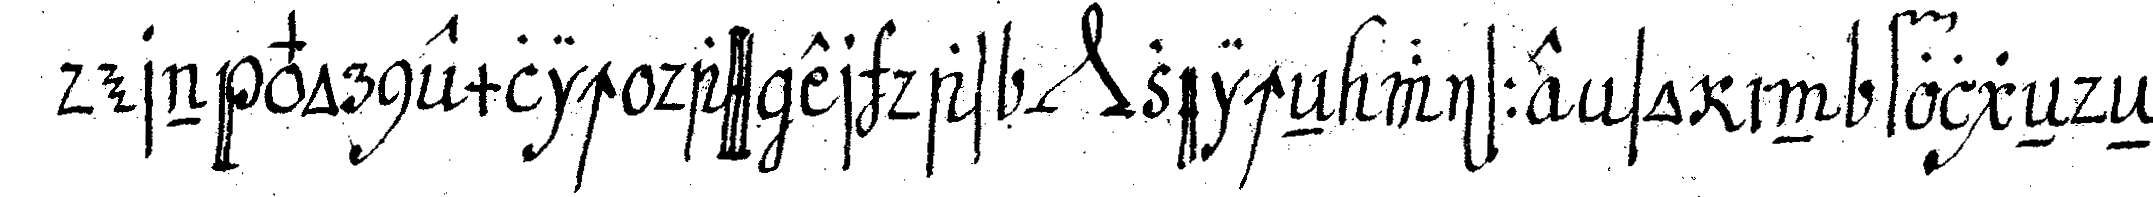
dern vornemlich dass er das *nee* zeicheN wisse so in folgeNdeN